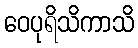
ဝေပုရိသိကာသိ